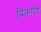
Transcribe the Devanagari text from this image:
द्विकोटी